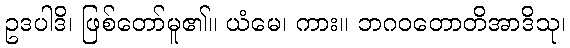
ဥဒပါဒိ၊ ဖြစ်တော်မူ၏။ ယံမေ၊ ကား။ ဘဂဝတောတိအာဒိသု၊